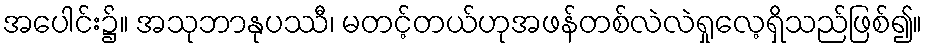
အပေါင်း၌။ အသုဘာနုပဿီ၊ မတင့်တယ်ဟုအဖန်တစ်လဲလဲရှုလေ့ရှိသည်ဖြစ်၍။